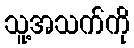
သူ့အသက်ကို